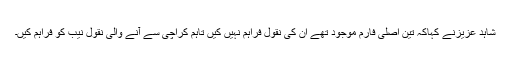
شاہد عزیزنے کہاکہ تین اصلی فارم موجود تھے ان کی نقول فراہم نہیں کیں تاہم کراچی سے آنے والی نقول نیب کو فراہم کیں۔